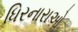
ધિરનારાઓ